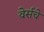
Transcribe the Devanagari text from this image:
वेर्सचे